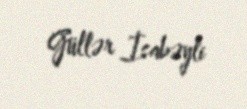
Güllər İsabəyli